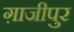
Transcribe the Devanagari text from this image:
ग़ाजीपुर